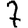
Digit: 7